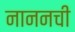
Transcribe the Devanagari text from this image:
नाननची